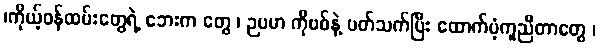
၊ကိုယ့်ဝန်ထမ်းတွေရဲ့ ဘေးက တွေ ၊ ဉပမာ ကိုဗစ်နဲ့ ပတ်သက်ပြီး ထောက်ပံ့ကူညီတာတွေ ၊